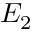
E _ { 2 }